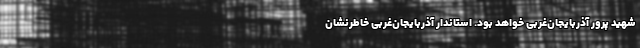
شهید پرور آذربایجان‌غربی خواهد بود. استاندار آذربایجان‌غربی خاطرنشان